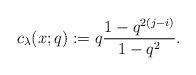
\begin{gather*}c_{\lambda}(x;q):=q {1-q^{2 (j-i)} \over 1-q^2}.\end{gather*}